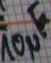
Text: 10µF